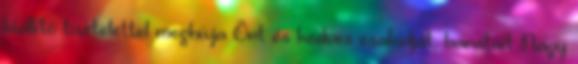
kiállító tisztelettel meghívja Önt és kedves családját, barátait Nagy